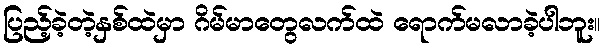
ပြည့်ခဲ့တဲ့နှစ်ထဲမှာ ဂိမ်မာတွေလက်ထဲ ရောက်မလာခဲ့ပါဘူး။